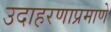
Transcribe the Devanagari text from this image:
उदाहरणाप्रमाणे